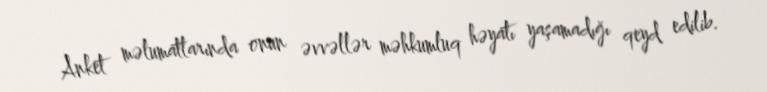
Anket məlumatlarında onun əvvəllər məhkumluq həyatı yaşamadığı qeyd edilib.